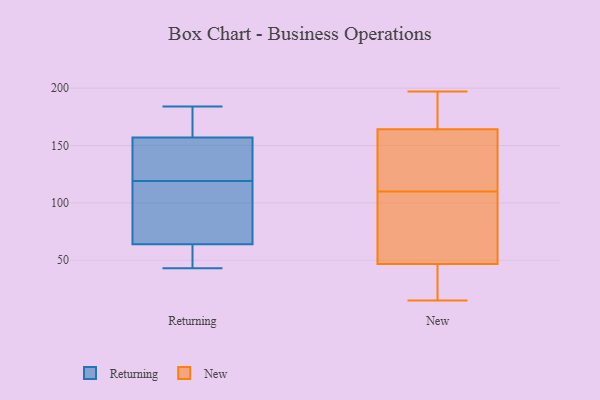
{"axis": {"x": "Latency (ms)", "y": "Value"}, "legend": ["New", "Returning"], "data": [{"x": "", "y": 134, "type": "Returning"}, {"x": "", "y": 122, "type": "Returning"}, {"x": "", "y": 65, "type": "Returning"}, {"x": "", "y": 70, "type": "Returning"}, {"x": "", "y": 65, "type": "Returning"}, {"x": "", "y": 47, "type": "Returning"}, {"x": "", "y": 167, "type": "Returning"}, {"x": "", "y": 64, "type": "Returning"}, {"x": "", "y": 174, "type": "Returning"}, {"x": "", "y": 157, "type": "Returning"}, {"x": "", "y": 130, "type": "Returning"}, {"x": "", "y": 58, "type": "Returning"}, {"x": "", "y": 184, "type": "Returning"}, {"x": "", "y": 149, "type": "Returning"}, {"x": "", "y": 43, "type": "Returning"}, {"x": "", "y": 164, "type": "Returning"}, {"x": "", "y": 49, "type": "Returning"}, {"x": "", "y": 116, "type": "Returning"}, {"x": "", "y": 37, "type": "New"}, {"x": "", "y": 164, "type": "New"}, {"x": "", "y": 165, "type": "New"}, {"x": "", "y": 99, "type": "New"}, {"x": "", "y": 126, "type": "New"}, {"x": "", "y": 50, "type": "New"}, {"x": "", "y": 32, "type": "New"}, {"x": "", "y": 74, "type": "New"}, {"x": "", "y": 158, "type": "New"}, {"x": "", "y": 110, "type": "New"}, {"x": "", "y": 197, "type": "New"}, {"x": "", "y": 182, "type": "New"}, {"x": "", "y": 15, "type": "New"}, {"x": "", "y": 183, "type": "New"}, {"x": "", "y": 54, "type": "New"}, {"x": "", "y": 153, "type": "New"}, {"x": "", "y": 35, "type": "New"}]}